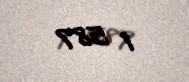
1 587